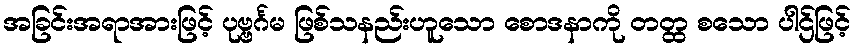
အခြင်းအရာအားဖြင့် ပုဗ္ဗင်္ဂမ ဖြစ်သနည်းဟူသော စောဒနာကို တတ္ထ စသော ပါဌ်ဖြင့်